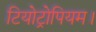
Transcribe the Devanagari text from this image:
टियोट्रोपियम।